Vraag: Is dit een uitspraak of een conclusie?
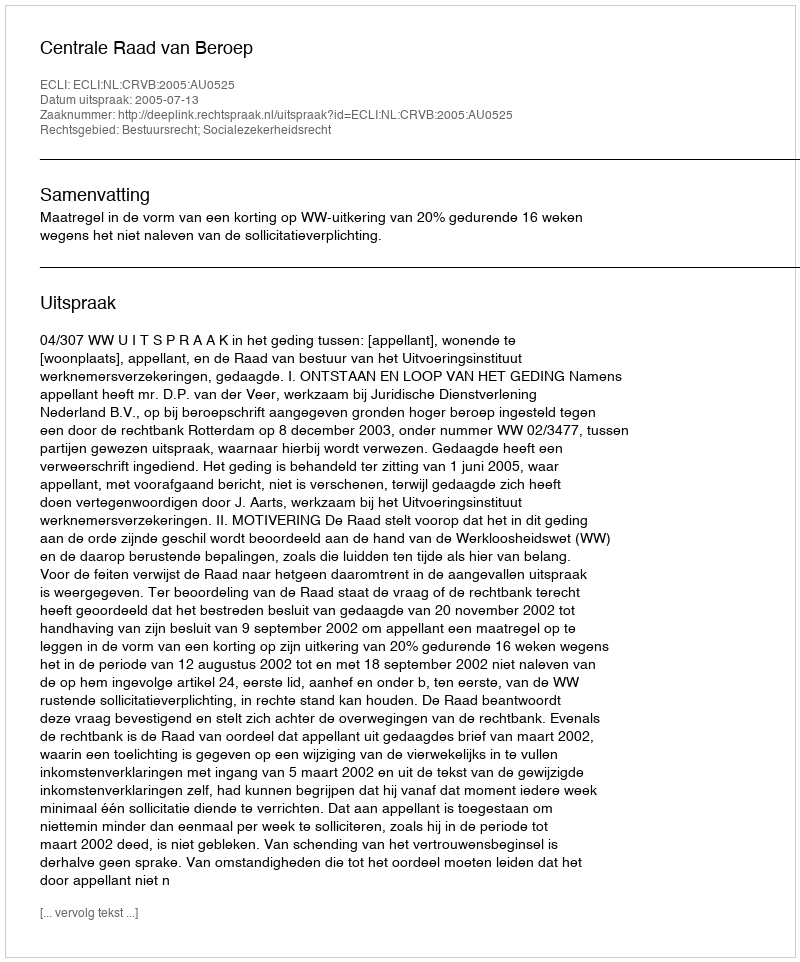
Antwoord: Uitspraak